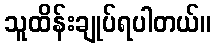
သူထိန်းချုပ်ရပါတယ်။